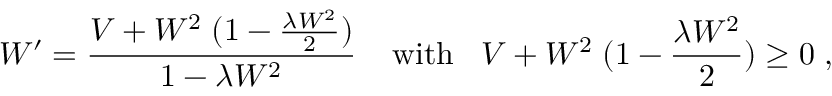
W ^ { \prime } = \frac { V + W ^ { 2 } \; ( 1 - \frac { \lambda W ^ { 2 } } { 2 } ) } { 1 - \lambda W ^ { 2 } } \; \; \; \; \mathrm { w i t h } \; \; \; V + W ^ { 2 } \; ( 1 - \frac { \lambda W ^ { 2 } } { 2 } ) \ge 0 \; ,